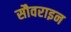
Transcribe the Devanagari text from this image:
सौवराइन